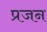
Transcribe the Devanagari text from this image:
प्रजन